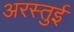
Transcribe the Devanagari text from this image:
अरस्तुई